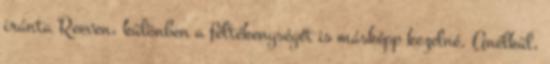
iránta Reeven, különben a féltékenységét is másképp kezelné. Anélkül,